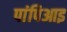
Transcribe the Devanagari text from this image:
पांपिआइ